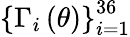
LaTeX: \left\{ \Gamma_{i}\left(\theta\right)\right\} _{i=1}^{36}